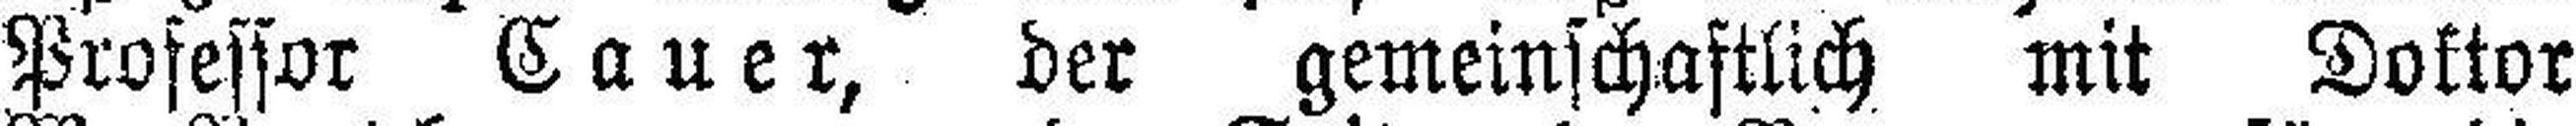
Professor Cauer, der gemeinschaftlich mit Doktor